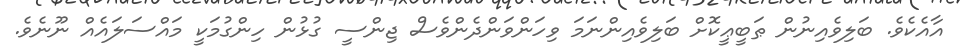
އާއެކެވެ. ބަލިވެއިނުން ޠަބީޢީކޮށް ބަލިވެއިންނަމަ ވިހަންވަންދެންވެސް ޖިންސީ ގުޅުން ހިންގުމަކީ މައްސަލައެއް ނޫނެވެ.